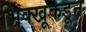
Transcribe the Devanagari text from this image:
भिक्खूकडून